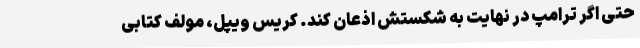
حتی اگر ترامپ در نهایت به شکستش اذعان کند. کریس ویپل، مولف کتابی